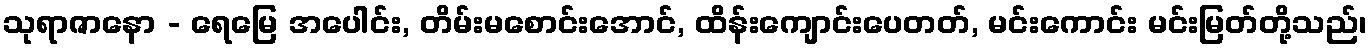
သုရာဇာနော - ရေမြေ အပေါင်း, တိမ်းမစောင်းအောင်, ထိန်းကျောင်းပေတတ်, မင်းကောင်း မင်းမြတ်တို့သည်၊